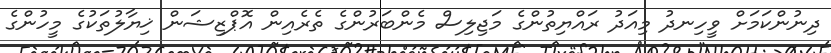
ދިނުންކަމަށް ވީހިނދު މިއަދު ރައްޔިތުންގެ މަޖިލިސް މެންބަރުންގެ ތެރެއިން އޮޕްޒިޝަން ޚިޔާލުތަކުގެ މީހުންގެ